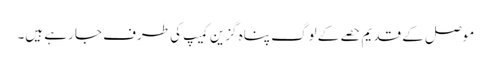
موصل کے قدیم حصے کے لوگ پناہ گزین کمیپ کی طرف جا رہے ہیں۔